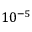
1 0 ^ { - 5 }